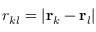
r _ { k l } = | \mathbf { r } _ { k } - \mathbf { r } _ { l } |